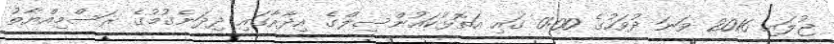
ޖުލައި 2016 ވަނަ ދުވަހުގެ 0:00 ގައި އަތޮޅުކައުންސިލްގެ އިދާރާގައި ދިދަނެގުމުގެ ރަސްމިއްޔާތު